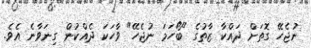
ނުޖެހޭ ގޮތަށް ދައްކާ ޒާތުގެ "ބޯހަމަ ނުޖެހޭ" ވާހަކަ ދެއްކުން ގިނަވާނެ އެވެ.